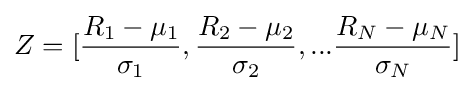
Z=[{\frac {R_{1}-\mu _{1}}{\sigma _{1}}},{\frac {R_{2}-\mu _{2}}{\sigma _{2}}},...{\frac {R_{N}-\mu _{N}}{\sigma _{N}}}]